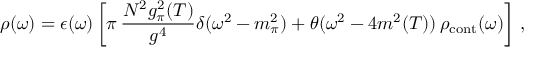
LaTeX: \rho ( \omega ) = \epsilon ( \omega ) \left[ \pi \, { \frac { N ^ { 2 } g _ { \pi } ^ { 2 } ( T ) } { g ^ { 4 } } } \delta ( \omega ^ { 2 } - m _ { \pi } ^ { 2 } ) + \theta ( \omega ^ { 2 } - 4 m ^ { 2 } ( T ) ) \, \rho _ { \mathrm { c o n t } } ( \omega ) \right] \, ,